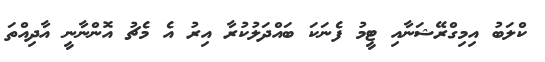
ކްލަބު އިމިގްރޭޝަނާއި ޓީމު ފެނަކަ ބައްދަލުކުރާ އިރު އެ މެޗު އޮންނާނީ އާދިއްތަ